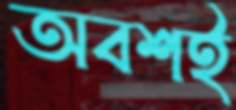
অবশই